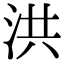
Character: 洪